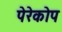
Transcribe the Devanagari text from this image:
पेरेकोप